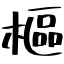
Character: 樞